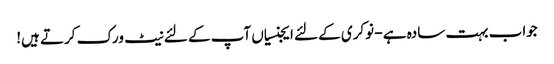
جواب بہت سادہ ہے - نوکری کے لئے ایجنسیاں آپ کے لئے نیٹ ورک کرتے ہیں!